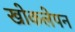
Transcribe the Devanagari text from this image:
खोकलेपन